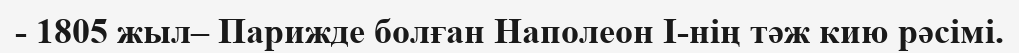
- 1805 жыл– Парижде болған Наполеон I-нің тәж кию рәсімі.